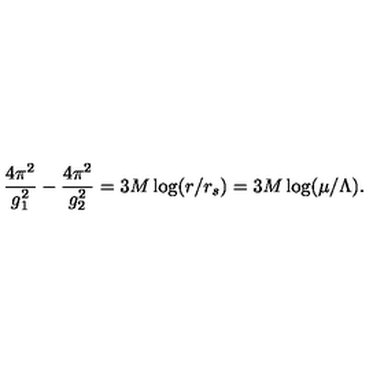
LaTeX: { \frac { 4 \pi ^ { 2 } } { g _ { 1 } ^ { 2 } } } - { \frac { 4 \pi ^ { 2 } } { g _ { 2 } ^ { 2 } } } = 3 M \log ( r / r _ { s } ) = 3 M \log ( \mu / \Lambda ) .